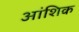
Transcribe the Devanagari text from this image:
अांशिक